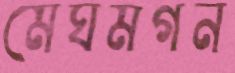
মেঘমগন